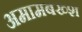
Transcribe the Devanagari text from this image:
अमामबख्श